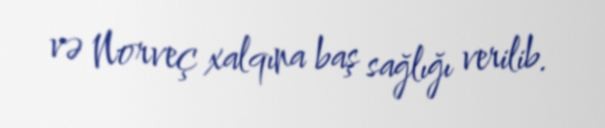
və Norveç xalqına baş sağlığı verilib.